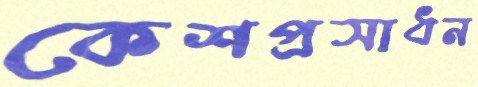
কেশপ্রসাধন